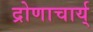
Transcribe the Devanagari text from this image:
द्रोणाचार्य्